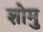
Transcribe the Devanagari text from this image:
शोमु